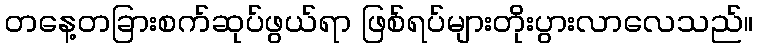
တနေ့တခြားစက်ဆုပ်ဖွယ်ရာ ဖြစ်ရပ်များတိုးပွားလာလေသည်။